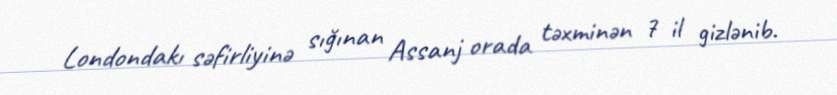
Londondakı səfirliyinə sığınan Assanj orada təxminən 7 il gizlənib.